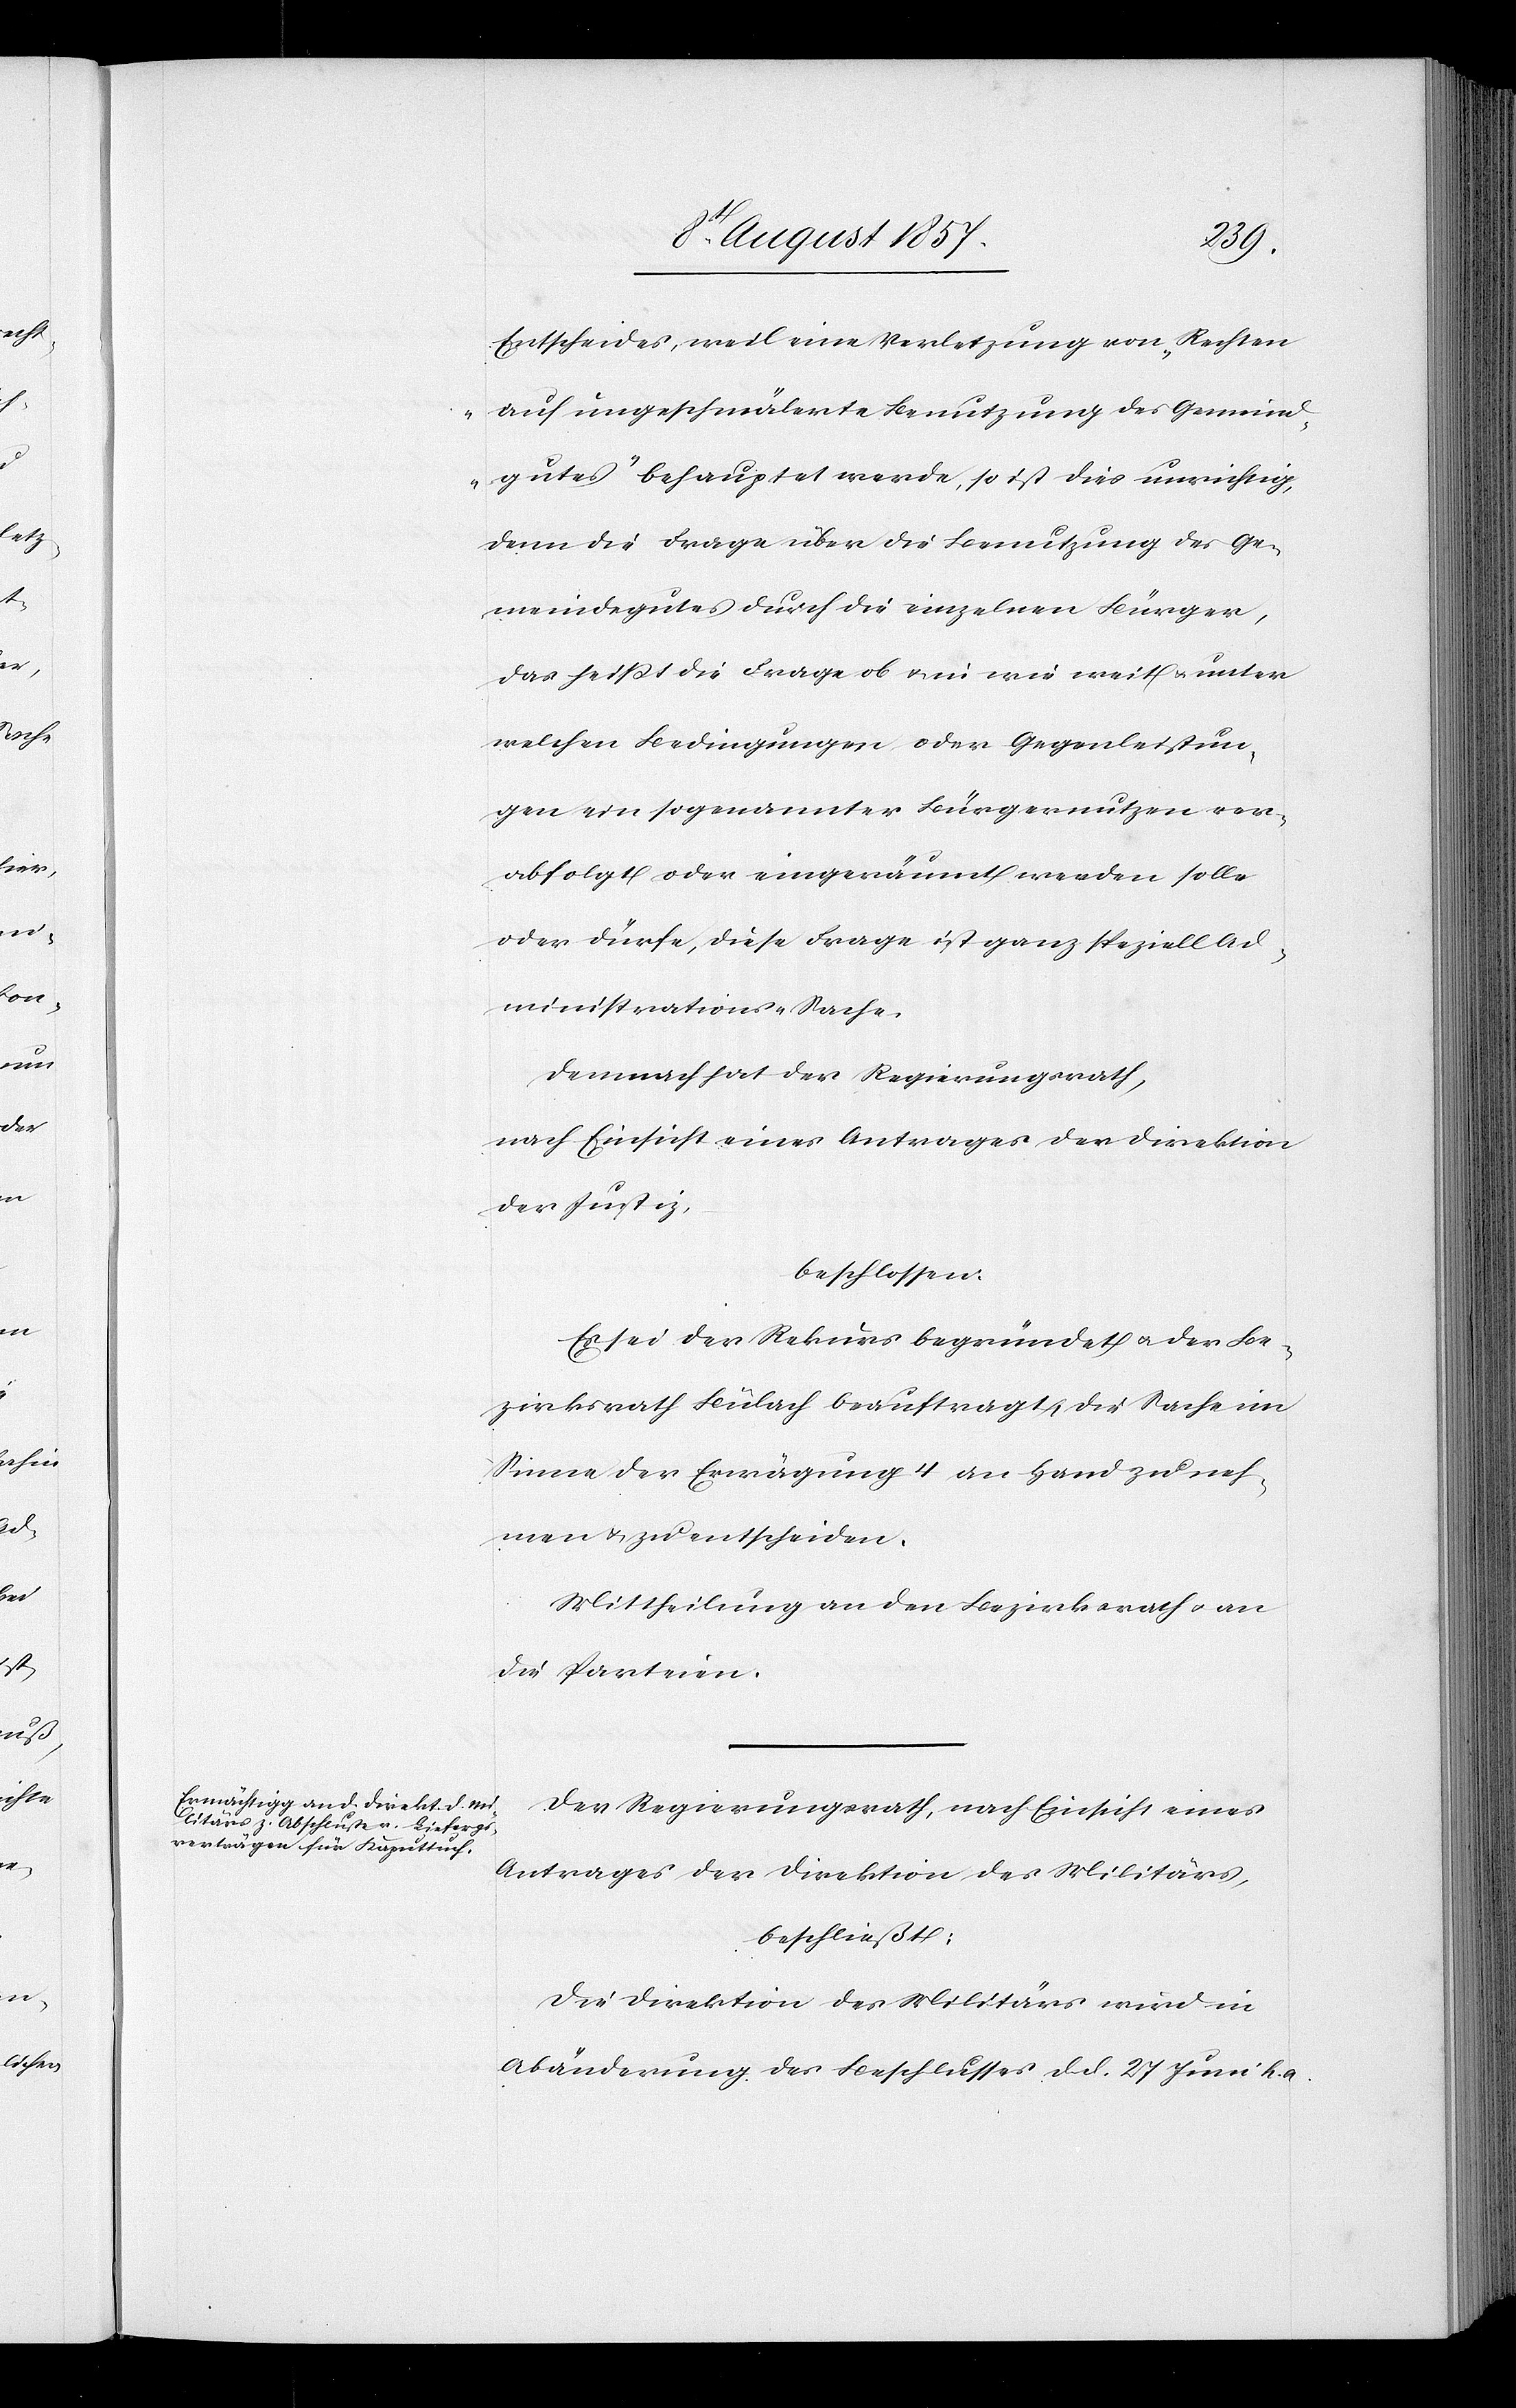
Entscheides, weil eine Verletzung von Rechten
„auf ungeschmälerte Benutzung des Gemeind¬
gutes“ behauptet werde, so ist dies unrichtig,
denn die Frage über die Benutzung des Ge¬
meindgutes durch die einzelnen Bürger,
das heißt die Frage ob & in wie weit & unter
welchen Bedingungen oder Gegenleistun¬
gen ein sogenannter Bürgernutzen ver¬
abfolgt oder eingeräumt werden solle
oder dürfe, diese Frage ist ganz speziell Ad¬
ministrations-Sache.
Demnach hat der Regierungsrath,
nach Einsicht eines Antrages der Direktion
der Justiz,
beschlossen:
Es sei der Rekurs begründet & der Be¬
zirksrath Bülach beauftragt, die Sache im
Sinne der Erwägung 4 an Hand zu neh¬
men & zu entscheiden.
Mittheilung an den Bezirksrath & an
die Parteien.
Der Regierungsrath, nach Einsicht eines
Antrages der Direktion des Militärs,
beschließt:
Die Direktion des Militärs wird in
Abänderung des Beschlusses d. d. 27 Juni h. a.